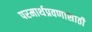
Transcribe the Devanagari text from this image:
परमार्थप्रवणासाठी